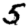
Digit: 5